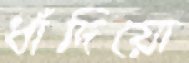
ধাঁদিয়ো